Civil Veterinary Department. Madras. Admin. report 1926-33 - 1926-1933
Year: 1926
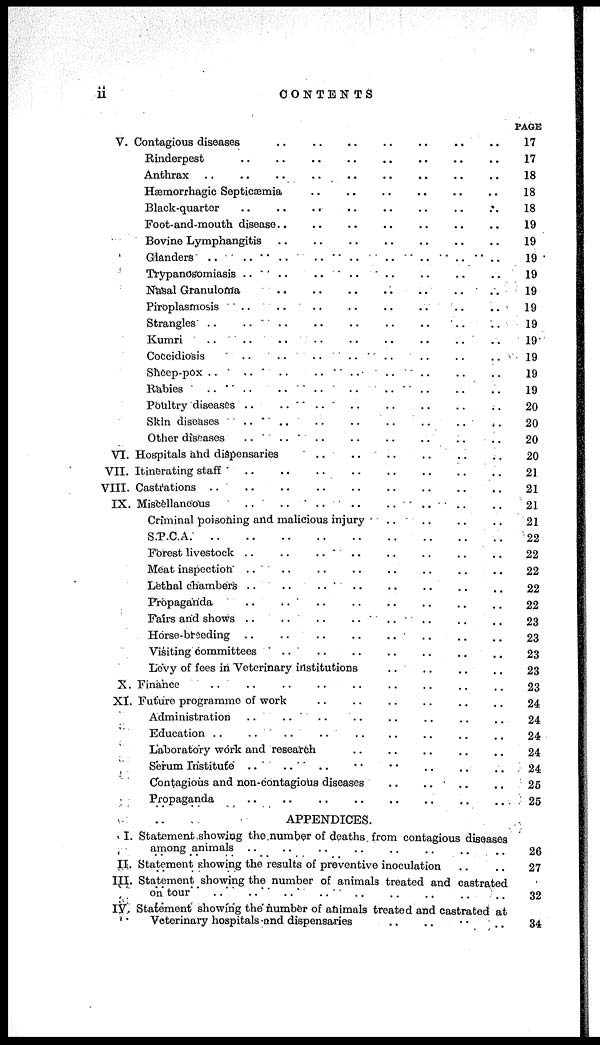
ii
CONTENTS
V. Contagious diseases
Rinderpest
Anthrax
Hæmorrhagic Septicæmia .. .. .. .. .. ..
Black-quarter
Foot-and-mouth disease
Bovine Lymphangitis
Glanders .. .. .. .. .. .. ..
Trypanosomiasis .. .. .. .. .. .. .. ..
Nasal .. .. .. ..
Piroplasmosis .. .. .. .. .. .. .. .. ..
Strangles .. .. .. .. .. .. .. .. ..
Kumri .. .. .. .. .. .. .. .. ..
Coccidiosis .. .. .. .. ..
Sheep-pox .. .. .. .. ..
Rabies .. .. .. ..
Poultry diseases .. .. .. ..
Skin diseases .. .. .. .. .. ..
Other diseases .. .. .. ..
VI. Hospitals and dispensaries .. .. .. ..
VII. Itinerating staff .. .. .. .. ..
VIII. Castrations .. .. .. .. .. ..
IX. Miscellaneous .. .. .. ..
Criminal poisoning and malicious injury .. .. .. ..
S.P.C.A. .. .. .. .. .. ..
Forest livestock .. .. .. .. ..
Meat inspection .. .. .. .. .. ..
Lethal chambers .. .. .. .. .. .. ..
Propaganda .. .. .. .. .. ..
Fairs and shows .. .. .. .. ..
Horse-breeding .. .. .. .. ..
Visiting committees .. .. .. .. .. ..
Levy of fees in Veterinary institutions .. .. .. .. .. ..
X. Finance .. .. .. .. .. ..
XI. Future programme of work .. .. .. .. .. .. ..
Administration .. .. .. .. .. .. .. ..
Education .. .. .. .. .. .. .. ..
Laboratory work and research .. .. .. .. .. ..
Serum Institute .. .. .. .. ..
Contagious and non-contagious diseases .. .. .. ..
Propaganda .. .. .. .. .. ..
PAGE
17
17
18
18
18
19
19
19
19
19
19
19
19
19
19
19
20
20
20
20
21
21
21
21
22
22
22
22
22
23
23
23
23
23
24
24
24
24
24
25
25
I.
II.
III.
IV.
APPENDICES.
Statement showing the number of deaths from contagious diseases
among animals .. .. .. .. .. .. .. .. .. ..
Statement showing the results of preventive inoculation .. .. .. ..
Statement showing the number of animals treated and castrated .. .. ..
on tour .. .. .. .. .. .. ..
Statement showing the number of animals treated and castrated at
Veterinary hospitals -and dispensaries .. .. .. ..
26
27
32
34